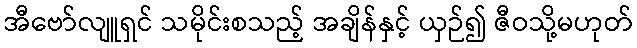
အီဗော်လျူရှင် သမိုင်းစသည့် အချိန်နှင့် ယှဉ်၍ ဇီဝသို့မဟုတ်